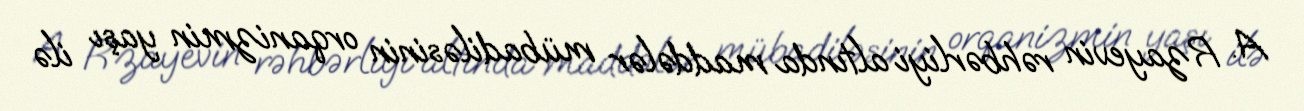
A. Rzayevin rəhbərliyi altında maddələr mübadiləsinin orqanizmin yaşı ilə